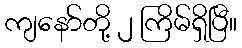
ကျနော်တို့ ၂ ကြိမ်ရှိပြီ။